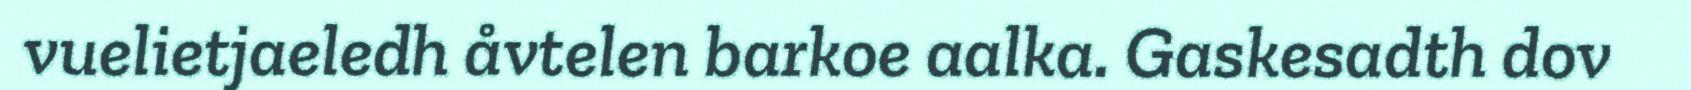
vuelietjaeledh åvtelen barkoe aalka. Gaskesadth dov